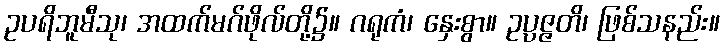
ဥပရိဘူမီသု၊ အထက်မဂ်ဖိုလ်တို့၌။ ဂရုကံ၊ နှေးစွာ။ ဥပ္ပဇ္ဇတိ၊ ဖြစ်သနည်း။